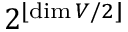
2 ^ { \lfloor \dim V / 2 \rfloor }